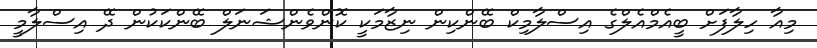
މިއާ ހިލާފަށް ބީއެމްއެލްގެ އިސްލާމިކް ބޭންކިން ނިޒާމަކީ ކޮންވެންޝަނަލް ބޭންކަކުން ދޭ އިސްލާމީ